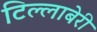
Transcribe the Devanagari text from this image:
टिल्लाबेरी